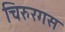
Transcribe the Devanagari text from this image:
चिरुरगस